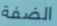
الضفة